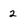
Character: 2